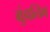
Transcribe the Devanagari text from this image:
ग्रुंडात्विग